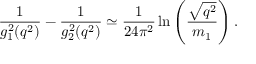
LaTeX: { \frac { 1 } { g _ { 1 } ^ { 2 } ( q ^ { 2 } ) } } - { \frac { 1 } { g _ { 2 } ^ { 2 } ( q ^ { 2 } ) } } \simeq { \frac { 1 } { 2 4 \pi ^ { 2 } } } \ln \left( { \frac { \sqrt { q ^ { 2 } } } { m _ { 1 } } } \right) .